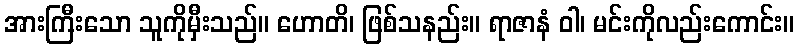
အားကြီးသော သူကိုမှီးသည်။ ဟောတိ၊ ဖြစ်သနည်း။ ရာဇာနံ ဝါ၊ မင်းကိုလည်းကောင်း။